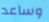
وساعد